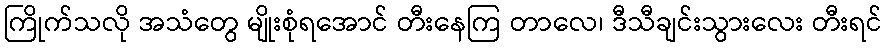
ကြိုက်သလို အသံတွေ မျိုးစုံရအောင် တီးနေကြ တာလေ၊ ဒီသီချင်းသွားလေး တီးရင်